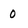
Character: 0